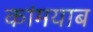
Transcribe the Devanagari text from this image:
कांमयाब